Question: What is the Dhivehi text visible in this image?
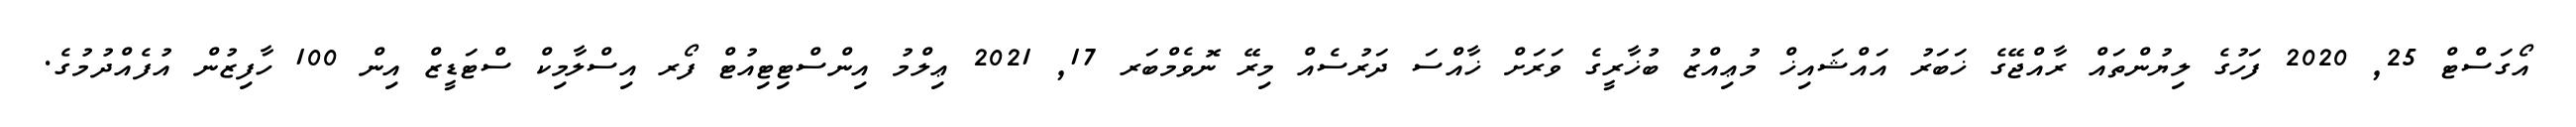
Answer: އޯގަސްޓް 25, 2020 ފަހުގެ ލިޔުންތައް ރާއްޖޭގެ ޚަބަރު އައްޝައިޚް މުޢިއްޒު ބުޚާރީގެ ވަރަށް ޚާއްސަ ދަރުސެއް މިރޭ ނޮވެމްބަރ 17, 2021 ޢިލްމު އިންސްޓިޓިއުޓް ފޯރ އިސްލާމިކް ސްޓަޑީޒް އިން 100 ހާފިޒުން އުފެއްދުމުގެ.